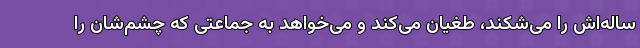
ساله‌اش را می‌شکند، طغیان می‌کند و می‌خواهد به جماعتی که چشم‌شان را